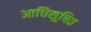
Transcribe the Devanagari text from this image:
आधिसूचित